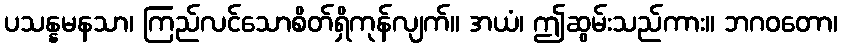
ပသန္နမနသာ၊ ကြည်လင်သောစိတ်ရှိကုန်လျက်။ အယံ၊ ဤဆွမ်းသည်ကား။ ဘဂဝတော၊